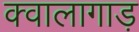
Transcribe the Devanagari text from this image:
क्वालागाड़